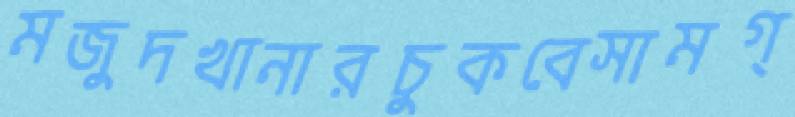
মজুদখানারচুকবেসামগ্